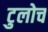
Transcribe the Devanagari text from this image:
टुलोच